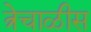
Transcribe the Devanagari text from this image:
त्रेचाळीस